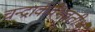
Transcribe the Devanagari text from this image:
चन्द्रार्कवैभवतीर्थ